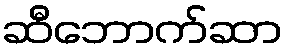
ဆီဘောက်ဆာ